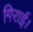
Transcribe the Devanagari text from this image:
गिराई।